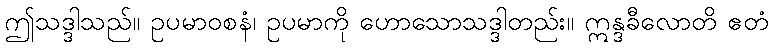
ဤသဒ္ဒါသည်။ ဥပမာဝစနံ၊ ဥပမာကို ဟောသောသဒ္ဒါတည်း။ ဣန္ဒခီလောတိ ဧတံ